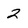
Character: 2